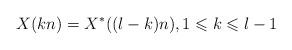
LaTeX: \begin{align*} X(kn) = X^* ((l - k)n),1 \leqslant k \leqslant l - 1 \end{align*}